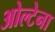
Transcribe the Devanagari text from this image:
ओल्टेना